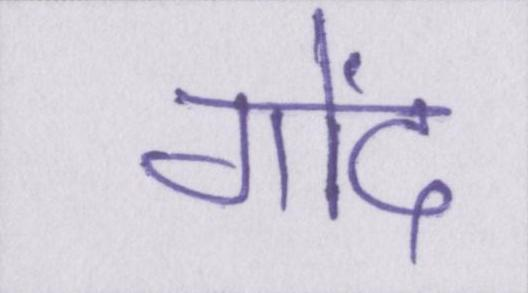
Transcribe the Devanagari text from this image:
गोंद